Report of the Indian Hemp Drugs Commission, 1894-1895 - Volume IV
Year: 1894
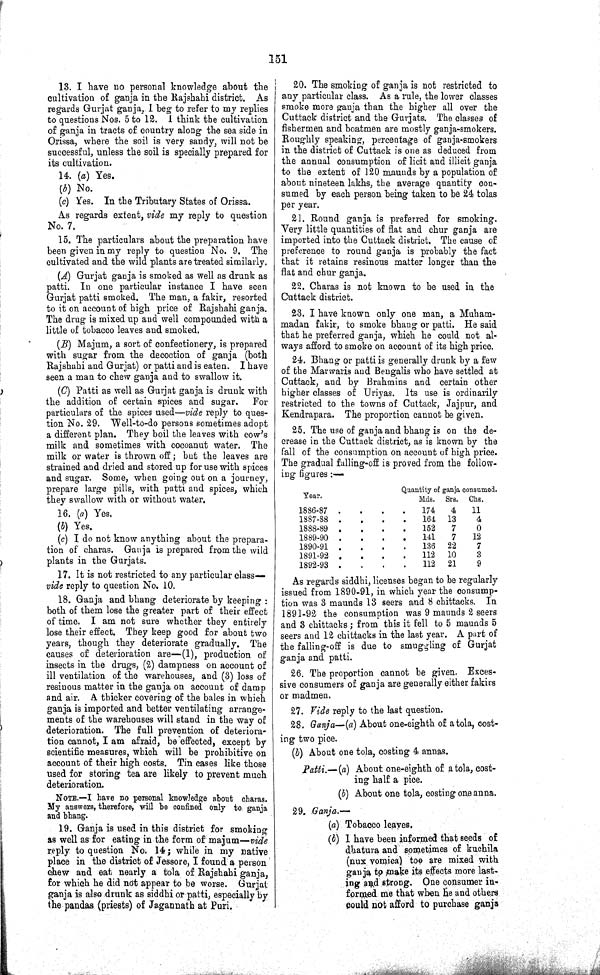
151
13. I have no personal knowledge about the
cultivation of ganja in the Rajshahi district. As
regards Gurjat ganja, 1 beg to refer to my replies
to questions Nos. 5 to 12. 1 think the cultivation
of ganja in tracts of country along the sea side in
Orissa, where the soil is very sandy, will not be
successful, unless the soil is specially prepared for
its cultivation.
14. (a) Yes.
(b) No.
(c) Yes. In the Tributary States of Orissa.
As regards extent, vide my reply to question
No. 7.
15. The particulars about the preparation have
been given in my reply to question No. 9. The
cultivated and the wild plants are treated similarly.
(A) Gurjat ganja is smoked as well as drunk as
patti. In one particular instance I have seen
Gurjat patti smoked. The man, a fakir, resorted
to it on account of high price of Rajshahi ganja.
The drug is mixed up and well compounded with a
little of tobacco leaves and smoked.
(B) Majum, a sort of confectionery, is prepared
with sugar from the decoction of ganja (both
Rajshahi and Gurjat) or patti and is eaten. I have
seen a man to chew ganja and to swallow it.
(C) Patti as well as Gurjat ganja is drunk with
the addition of certain spices and sugar. For
particulars of the spices used—vide reply to ques¬
tion No. 29. Well-to-do persons sometimes adopt
a different plan. They boil the leaves with cow's
milk and sometimes with cocoanut water. The
milk or water is thrown off; but the leaves are
strained and dried and stored up for use with spices
and sugar. Some, when going out on a journey,
prepare large pills, with patti and spices, which
they swallow with or without water.
16. (a) Yes.
(b) Yes.
(c) I do not know anything about the prepara¬
tion of charas. Ganja is prepared from the wild
plants in the Gurjats.
17. It is not restricted to any particular class—
vide reply to question No. 10.
18. Ganja and bhang deteriorate by keeping:
both of them lose the greater part of their effect
of time. I am not sure whether they entirely
lose their effect. They keep good for about two
years, though they deteriorate gradually. The
causes of deterioration are—(1), production of
insects in the drugs, (2) dampness on account of
ill ventilation of the warehouses, and (3) loss of
resinous matter in the ganja on account of damp
and air. A thicker covering of the bales in which
ganja is imported and better ventilating arrange¬
ments of the warehouses will stand in the way of
deterioration. The full prevention of deteriora¬
tion cannot, I am afraid, be effected, except by
scientific measures, which will be prohibitive on
account of their high costs. Tin cases like those
used for storing tea are likely to prevent much
deterioration.
NOTE.—I have no personal knowledge about charas.
My answers, therefore, will be confined only to ganja
and bhang.
19. Ganja is used in this district for smoking
as well as for eating in the form of majum—vide
reply to question No. 14; while in my native
place in the district of Jessore, I found a person
chew and eat nearly a tola of Rajshahi ganja,
for which he did not appear to be worse. Gurjat
ganja is also drunk as siddhi or patti, especially by
the pandas (priests) of Jagannath at Puri.
20. The smoking of ganja is not restricted to
any particular class. As a rule, the lower classes
smoke more ganja than the higher all over the
Cuttack district and the Gurjats. The classes of
fishermen and boatmen are mostly ganja-smokers.
Roughly speaking, percentage of ganja-smokers
in the district of Cuttack is one as deduced from
the annual consumption of licit and illicit ganja
to the extent of 120 maunds by a population of
about nineteen lakhs, the average quantity con¬
sumed by each person being taken to be 24 tolas
per year.
21. Round ganja is preferred for smoking.
Very little quantities of flat and chur ganja are
imported into the Cuttack district. The cause of
preference to round ganja is probably the fact
that it retains resinous matter longer than the
flat and chur ganja.
22. Charas is not known to be used in the
Cuttack district.
23. I have known only one man, a Muham-
madan fakir, to smoke bhang or patti. He said
that he preferred ganja, which he could not al¬
ways afford to smoke on account of its high price.
24. Bhang or patti is generally drunk by a few
of the Marwaris and Bengalis who have settled at
Cuttack, and by Brahmins and certain other
higher classes of Uriyas. Its use is ordinarily
restricted to the towns of Cuttack, Jajpur, and
Kendrapara. The proportion cannot be given.
25. The use of ganja and bhang is on the de¬
crease in the Cuttack district, as is known by the
fall of the consumption on account of high price.
The gradual falling-off is proved from the follow¬
ing figures:—
Year.
Quantity of ganja consumed.
Year.
Mds. Srs. Chs.
1886-87
174
4
11
1887-88
164 13
4
1888-89
152
7
0
1889-90
141
7
12
1890-91
136 22
7
1891-92
112 10
3
1892-93
112 21
9
As regards siddhi, licenses began to be regularly
issued from 1890-91, in which year the consump¬
tion was 3 maunds 13 seers and 8 chittacks. In
1891-92 the consumption was 9 maunds 2 seers
and 3 chittacks; from this it fell to 5 maunds 5
seers and 12 chittacks in the last year. A part of
the falling-off is due to smuggling of Gurjat
ganja and patti.
26. The proportion cannot be given. Exces¬
sive consumers of ganja are generally either fakirs
or madmen.
27. Vide reply to the last question.
28. Ganja—(a) About one-eighth of a tola, cost¬
ing two pice.
(b) About one tola, costing 4 annas.
Patti.—(a) About one-eighth of a tola, cost¬
ing half a pice.
(b) About one tola, costing one anna.
29. Ganja.—
(a) Tobacco leaves.
(b) I have been informed that seeds of
dhatura and sometimes of kuchila
(nux vomica) too are mixed with
ganja to make its effects more last¬
ing and strong. One consumer in-
formed me that when he and others
could not afford to purchase ganja